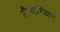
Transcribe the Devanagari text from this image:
सैन्याभियान